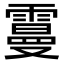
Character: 𩅍